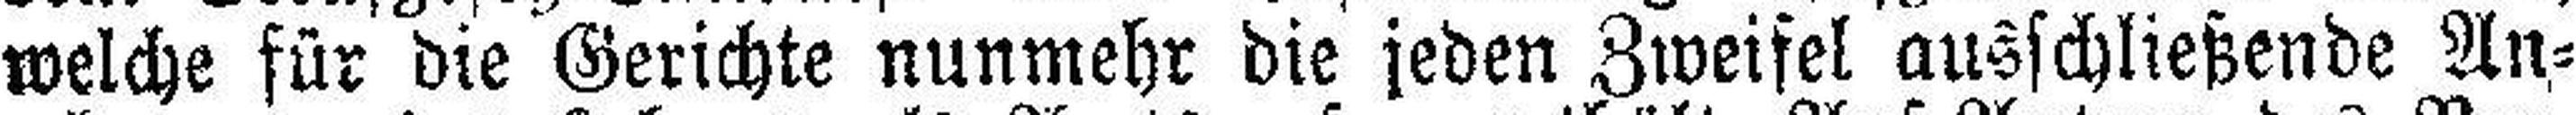
welche für die Gerichte nunmehr die jeden Zweifel ausschließende An¬